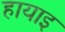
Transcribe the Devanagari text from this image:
हायाइ